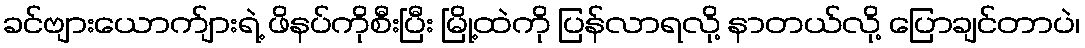
ခင်ဗျားယောက်ျားရဲ့ ဖိနပ်ကိုစီးပြီး မြို့ထဲကို ပြန်လာရလို့ နာတယ်လို့ ပြောချင်တာပဲ၊